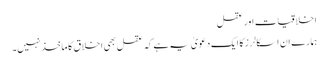
اخلاقیات اور عقل
ہمارے ان اسکالرز کا ایک دعویٰ یہ ہے کہ عقل بھی اخلاق کا ماخذ نہیں۔